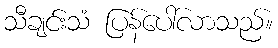
သီချင်းသံ ပြန်ပေါ်လာသည်။